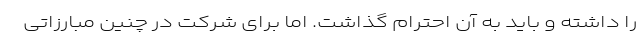
را داشته و باید به آن احترام گذاشت. اما برای شرکت در چنین مبارزاتی